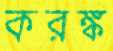
করঙ্ক